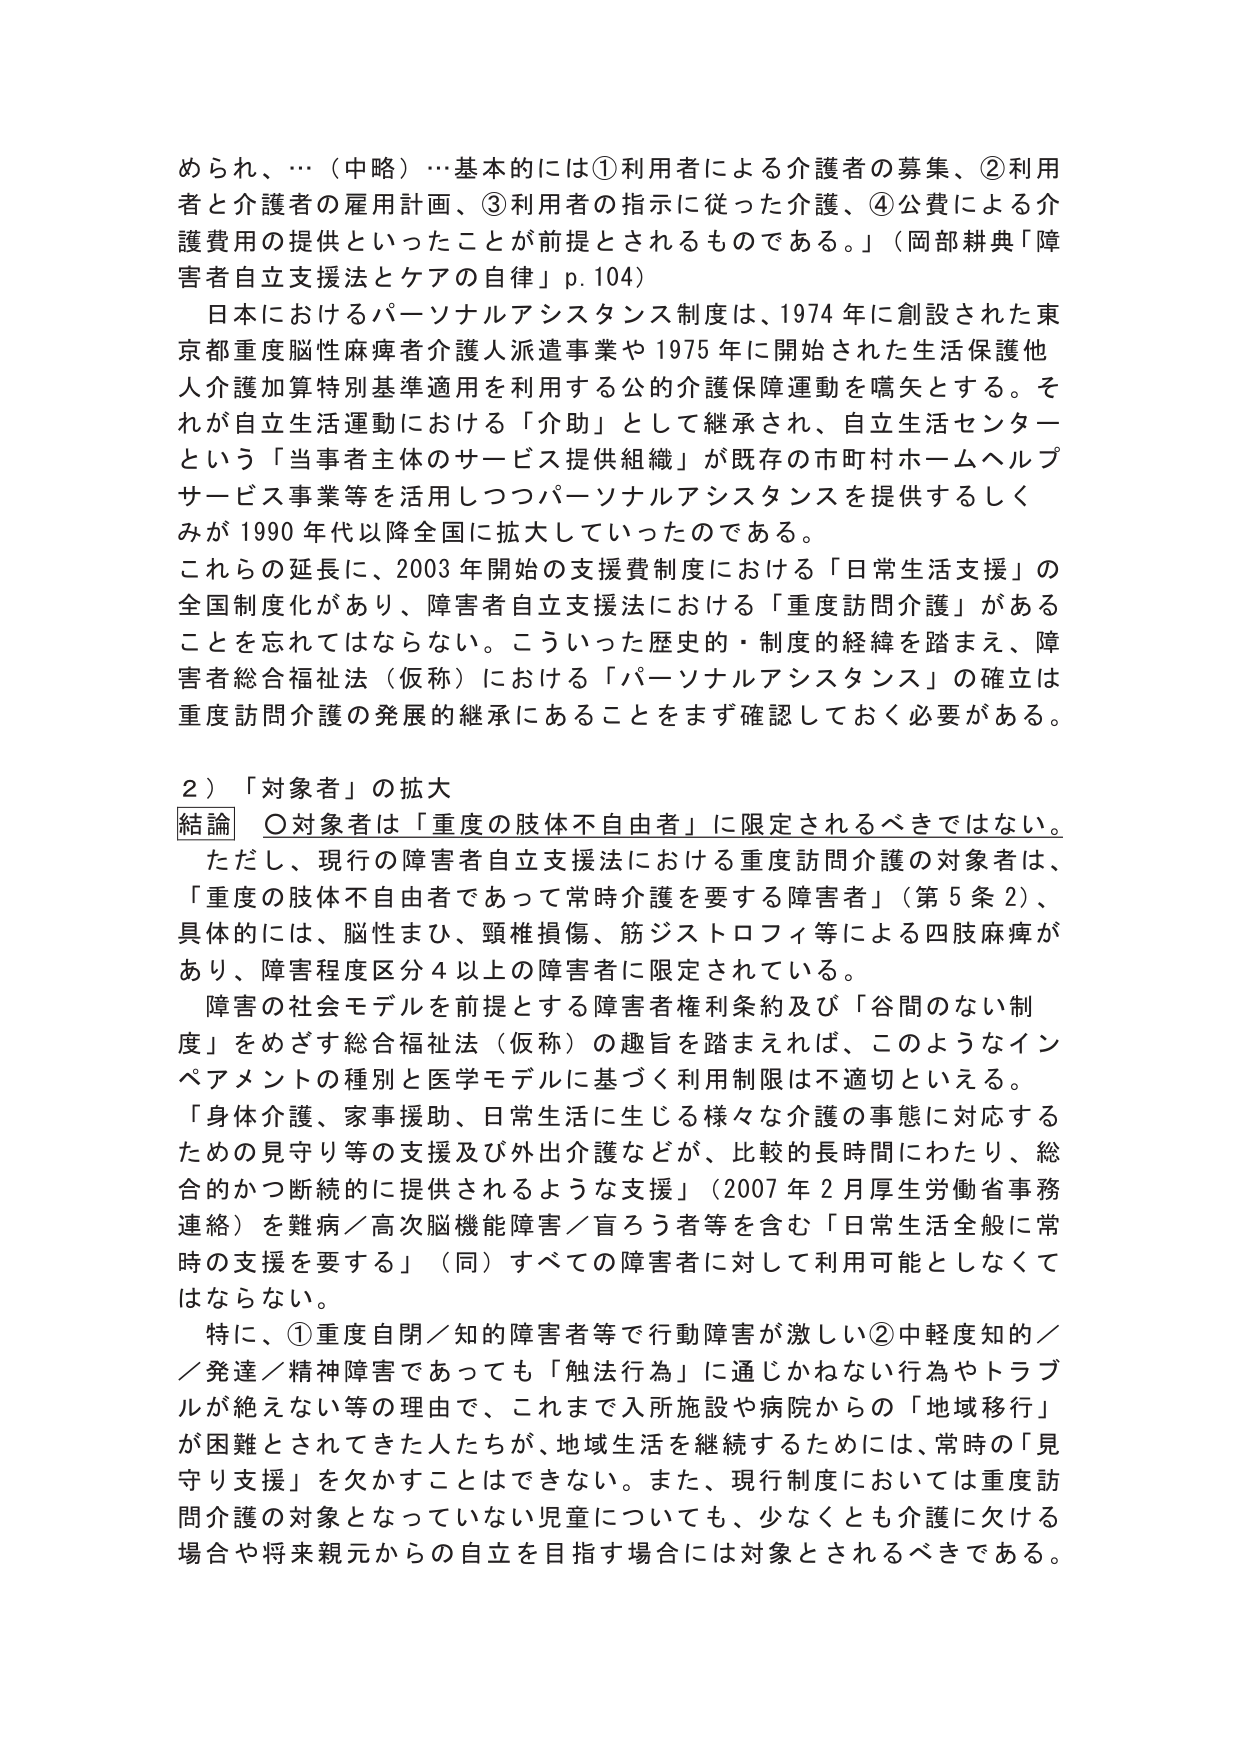
められ、…（中略）…基本的には①利用者による介護者の募集、②利用者と介護者の雇用計画、③利用者の指示に従った介護、④公費による介護費用の提供といったことが前提とされるものである。」（岡部耕典「障害者自立支援法とケアの自律」p.104）

日本におけるパーソナルアシスタンス制度は、1974年に創設された東京都重度脳性麻痺者介護人派遣事業や1975年に開始された生活保護他人介護加算特別基準適用を利用する公的介護保障運動を嚆矢とする。それが自立生活運動における「介助」として継承され、自立生活センターという「当事者主体のサービス提供組織」が既存の市町村ホームヘルプサービス事業等を活用しつつパーソナルアシスタンスを提供するしくみが1990年代以降全国に拡大していったのである。

これらの延長に、2003年開始の支援費制度における「日常生活支援」の全国制度化があり、障害者自立支援法における「重度訪問介護」があることを忘れてはならない。こういった歴史的・制度的経緯を踏まえ、障害者総合福祉法（仮称）における「パーソナルアシスタンス」の確立は重度訪問介護の発展的継承にあることをまず確認しておく必要がある。

２）「対象者」の拡大
結論　〇対象者は「重度の肢体不自由者」に限定されるべきではない。

ただし、現行の障害者自立支援法における重度訪問介護の対象者は、「重度の肢体不自由者であって常時介護を要する障害者」（第5条2）、具体的には、脳性まひ、頸椎損傷、筋ジストロフィ等による四肢麻痺があり、障害程度区分4以上の障害者に限定されている。

障害の社会モデルを前提とする障害者権利条約及び「谷間のない制度」をめざす総合福祉法（仮称）の趣旨を踏まえれば、このようなインペアメントの種別と医学モデルに基づく利用制限は不適切といえる。

「身体介護、家事援助、日常生活に生じる様々な介護の事態に対応するための見守り等の支援及び外出介護などが、比較的長時間にわたり、総合的かつ断続的に提供されるような支援」（2007年2月厚生労働省事務連絡）を難病／高次脳機能障害／盲ろう者等を含む「日常生活全般に常時の支援を要する」（同）すべての障害者に対して利用可能としなくてはならない。

特に、①重度自閉／知的障害者等で行動障害が激しい②中軽度知的／発達／精神障害であっても「触法行為」に通じかねない行為やトラブルが絶えない等の理由で、これまで入所施設や病院からの「地域移行」が困難とされてきた人たちが、地域生活を継続するためには、常時の「見守り支援」を欠かすことはできない。また、現行制度においては重度訪問介護の対象となっていない児童についても、少なくとも介護に欠ける場合や将来親元からの自立を目指す場合には対象とされるべきである。